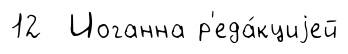
12 Иоганна р'еда́кциjей